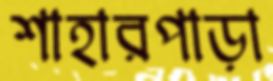
শাহারপাড়া